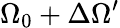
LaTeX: \Omega_{0}+\Delta\Omega^{\prime}